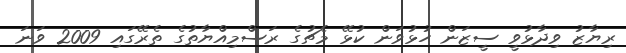
ރިޔާޒު ވިދާޅުވީ ސީޒަން ހުޅުވަން ކުޅޭ މެޗުގެ ރަސްމިއްޔާތުގެ ތެރޭގައި 2009 ވަނަ